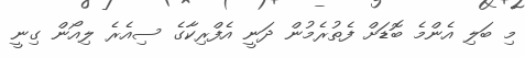
މި ބަލި އެންމެ ބޮޑަށް ފެތުރެމުން ދަނީ އެފްރިކާގެ ސިއެރެ ލިއޯން ގިނީ